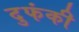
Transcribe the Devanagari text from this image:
दुफंकी